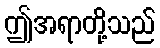
ဤအရာတို့သည်